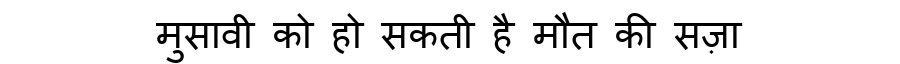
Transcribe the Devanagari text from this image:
मुसावी को हो सकती है मौत की सज़ा